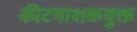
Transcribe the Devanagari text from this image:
कीटनाशकयुक्त